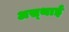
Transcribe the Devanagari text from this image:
अस्‍थाई